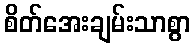
စိတ်အေးချမ်းသာစွာ